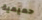
حميمية